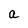
Character: a